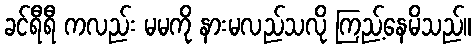
ခင်ရီရီ ကလည်း မမကို နားမလည်သလို ကြည့်နေမိသည်။